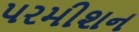
પરમીશન